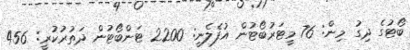
ބޯޓުގެ ދިގު މިން: 76 މީޓަރުބޯޓުން އުފެލެނީ: 2200 ޓަންބޯޓުން ދަތުރުކުރީ: 456